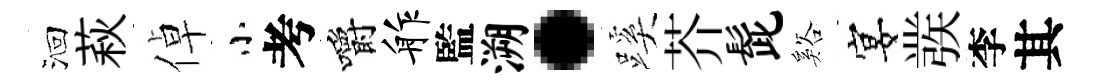
洄萩倬小考嚼舴監溯·蹊芥髭谿宴彂李其